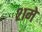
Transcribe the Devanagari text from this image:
२१मे